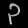
Digit: ၃